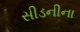
સીડનીના